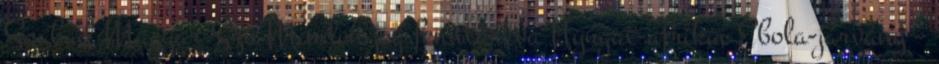
Szabad Magyar Szó Minden jog fenntartva Nyugat-afrikai Ebola-járvány –